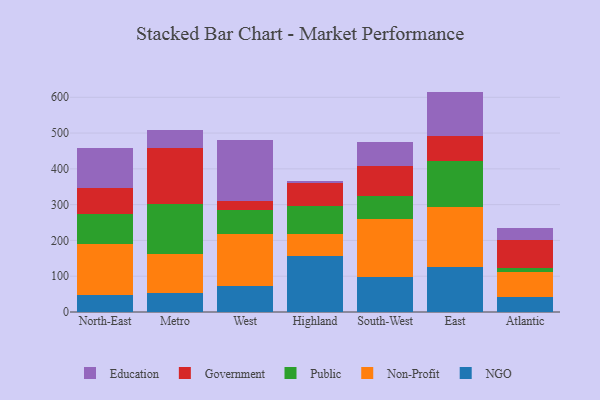
{"axis": {"x": "Region", "y": "Temperature (°C)"}, "legend": ["Education", "Government", "NGO", "Non-Profit", "Public"], "data": [{"x": "North-East", "y": 47.0, "type": "NGO"}, {"x": "North-East", "y": 142.6, "type": "Non-Profit"}, {"x": "North-East", "y": 83.2, "type": "Public"}, {"x": "North-East", "y": 73.6, "type": "Government"}, {"x": "North-East", "y": 111.0, "type": "Education"}, {"x": "Metro", "y": 51.8, "type": "NGO"}, {"x": "Metro", "y": 110.9, "type": "Non-Profit"}, {"x": "Metro", "y": 139.7, "type": "Public"}, {"x": "Metro", "y": 155.0, "type": "Government"}, {"x": "Metro", "y": 50.7, "type": "Education"}, {"x": "West", "y": 73.8, "type": "NGO"}, {"x": "West", "y": 144.5, "type": "Non-Profit"}, {"x": "West", "y": 65.4, "type": "Public"}, {"x": "West", "y": 26.0, "type": "Government"}, {"x": "West", "y": 170.9, "type": "Education"}, {"x": "Highland", "y": 157.3, "type": "NGO"}, {"x": "Highland", "y": 61.7, "type": "Non-Profit"}, {"x": "Highland", "y": 76.7, "type": "Public"}, {"x": "Highland", "y": 64.4, "type": "Government"}, {"x": "Highland", "y": 6.3, "type": "Education"}, {"x": "South-West", "y": 97.0, "type": "NGO"}, {"x": "South-West", "y": 161.9, "type": "Non-Profit"}, {"x": "South-West", "y": 65.9, "type": "Public"}, {"x": "South-West", "y": 84.6, "type": "Government"}, {"x": "South-West", "y": 64.8, "type": "Education"}, {"x": "East", "y": 124.5, "type": "NGO"}, {"x": "East", "y": 169.9, "type": "Non-Profit"}, {"x": "East", "y": 128.2, "type": "Public"}, {"x": "East", "y": 68.5, "type": "Government"}, {"x": "East", "y": 124.8, "type": "Education"}, {"x": "Atlantic", "y": 42.1, "type": "NGO"}, {"x": "Atlantic", "y": 69.6, "type": "Non-Profit"}, {"x": "Atlantic", "y": 11.9, "type": "Public"}, {"x": "Atlantic", "y": 77.9, "type": "Government"}, {"x": "Atlantic", "y": 32.3, "type": "Education"}]}